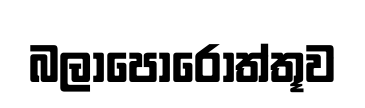
බලාපොරොත්තූව